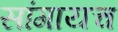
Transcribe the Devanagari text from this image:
सांगायच